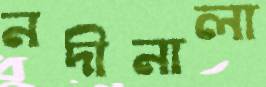
নদীনালা